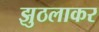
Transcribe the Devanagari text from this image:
झुठलाकर